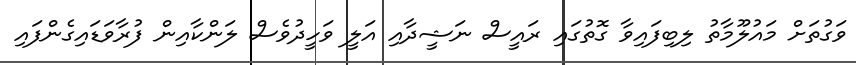
ވަގުތަށް މައުލޫމާތު ލިބިފައިވާ ގޮތުގައި ރައީސް ނަޝީދާއި އަލީ ވަހީދުވެސް ލަންކާއިން ފުރާވަޑައިގެންފައި